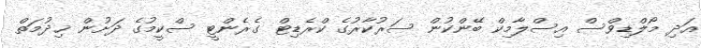
އަދި މޯލްޑިވްސް އިސްލާމިކް ބޭންކުން ސަރުކާރުގެ ކްރެޑިޓް ގެރެންޓީ ސްކީމުގެ ދަށުން ޚިދުމަތް